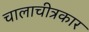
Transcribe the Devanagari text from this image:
चालाचीत्रकार